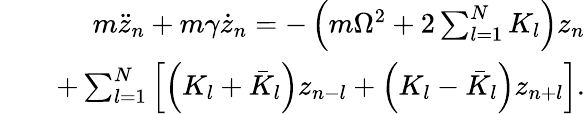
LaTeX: \begin{array}{rlr}&{}&{m\ddot{z}_{n}+m\gamma\dot{z}_{n}=-\left(m\Omega^{2}+2\sum_{l=1}^{N}K_{l}\right)z_{n}}\\ &{}&{+\sum_{l=1}^{N}\left[\left(K_{l}+\bar{K}_{l}\right)z_{n-l}+\left(K_{l}-\bar{K}_{l}\right)z_{n+l}\right].}\end{array}